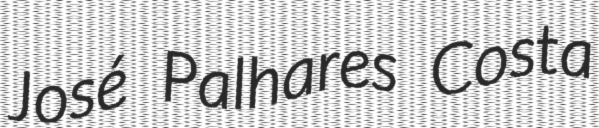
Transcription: José Palhares Costa